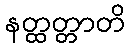
နတ္ထတ္တာတိ